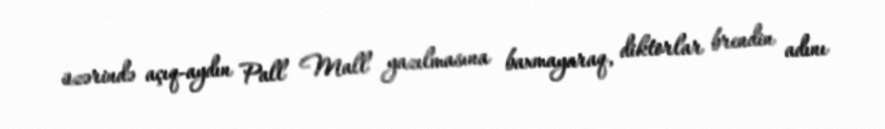
üzərində açıq-aydın Pall Mall yazılmasına baxmayaraq, diktorlar brendin adını